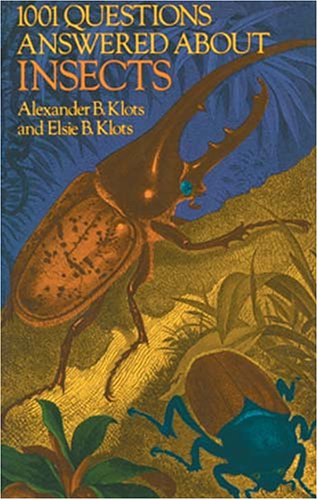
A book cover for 1001 Questions Answered About Insects; Alexander B. Klots; Sports & Outdoors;